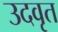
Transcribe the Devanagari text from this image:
उदवृत